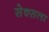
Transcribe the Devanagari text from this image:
सेक्सला